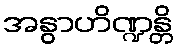
အနွာဟိဏ္ဍန္တိ